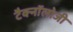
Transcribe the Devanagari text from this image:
टैक्नॉलोजी